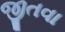
જીતવા